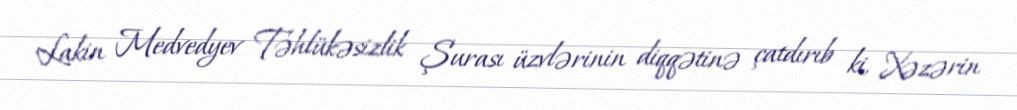
Lakin Medvedyev Təhlükəsizlik Şurası üzvlərinin diqqətinə çatdırıb ki, Xəzərin